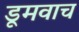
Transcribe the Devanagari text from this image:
डूमवाच